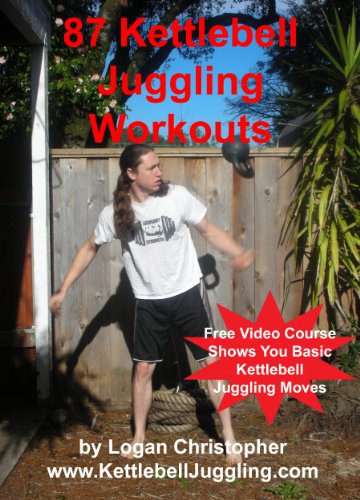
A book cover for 87 Kettlebell Juggling Workouts; Logan Christopher; Sports & Outdoors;